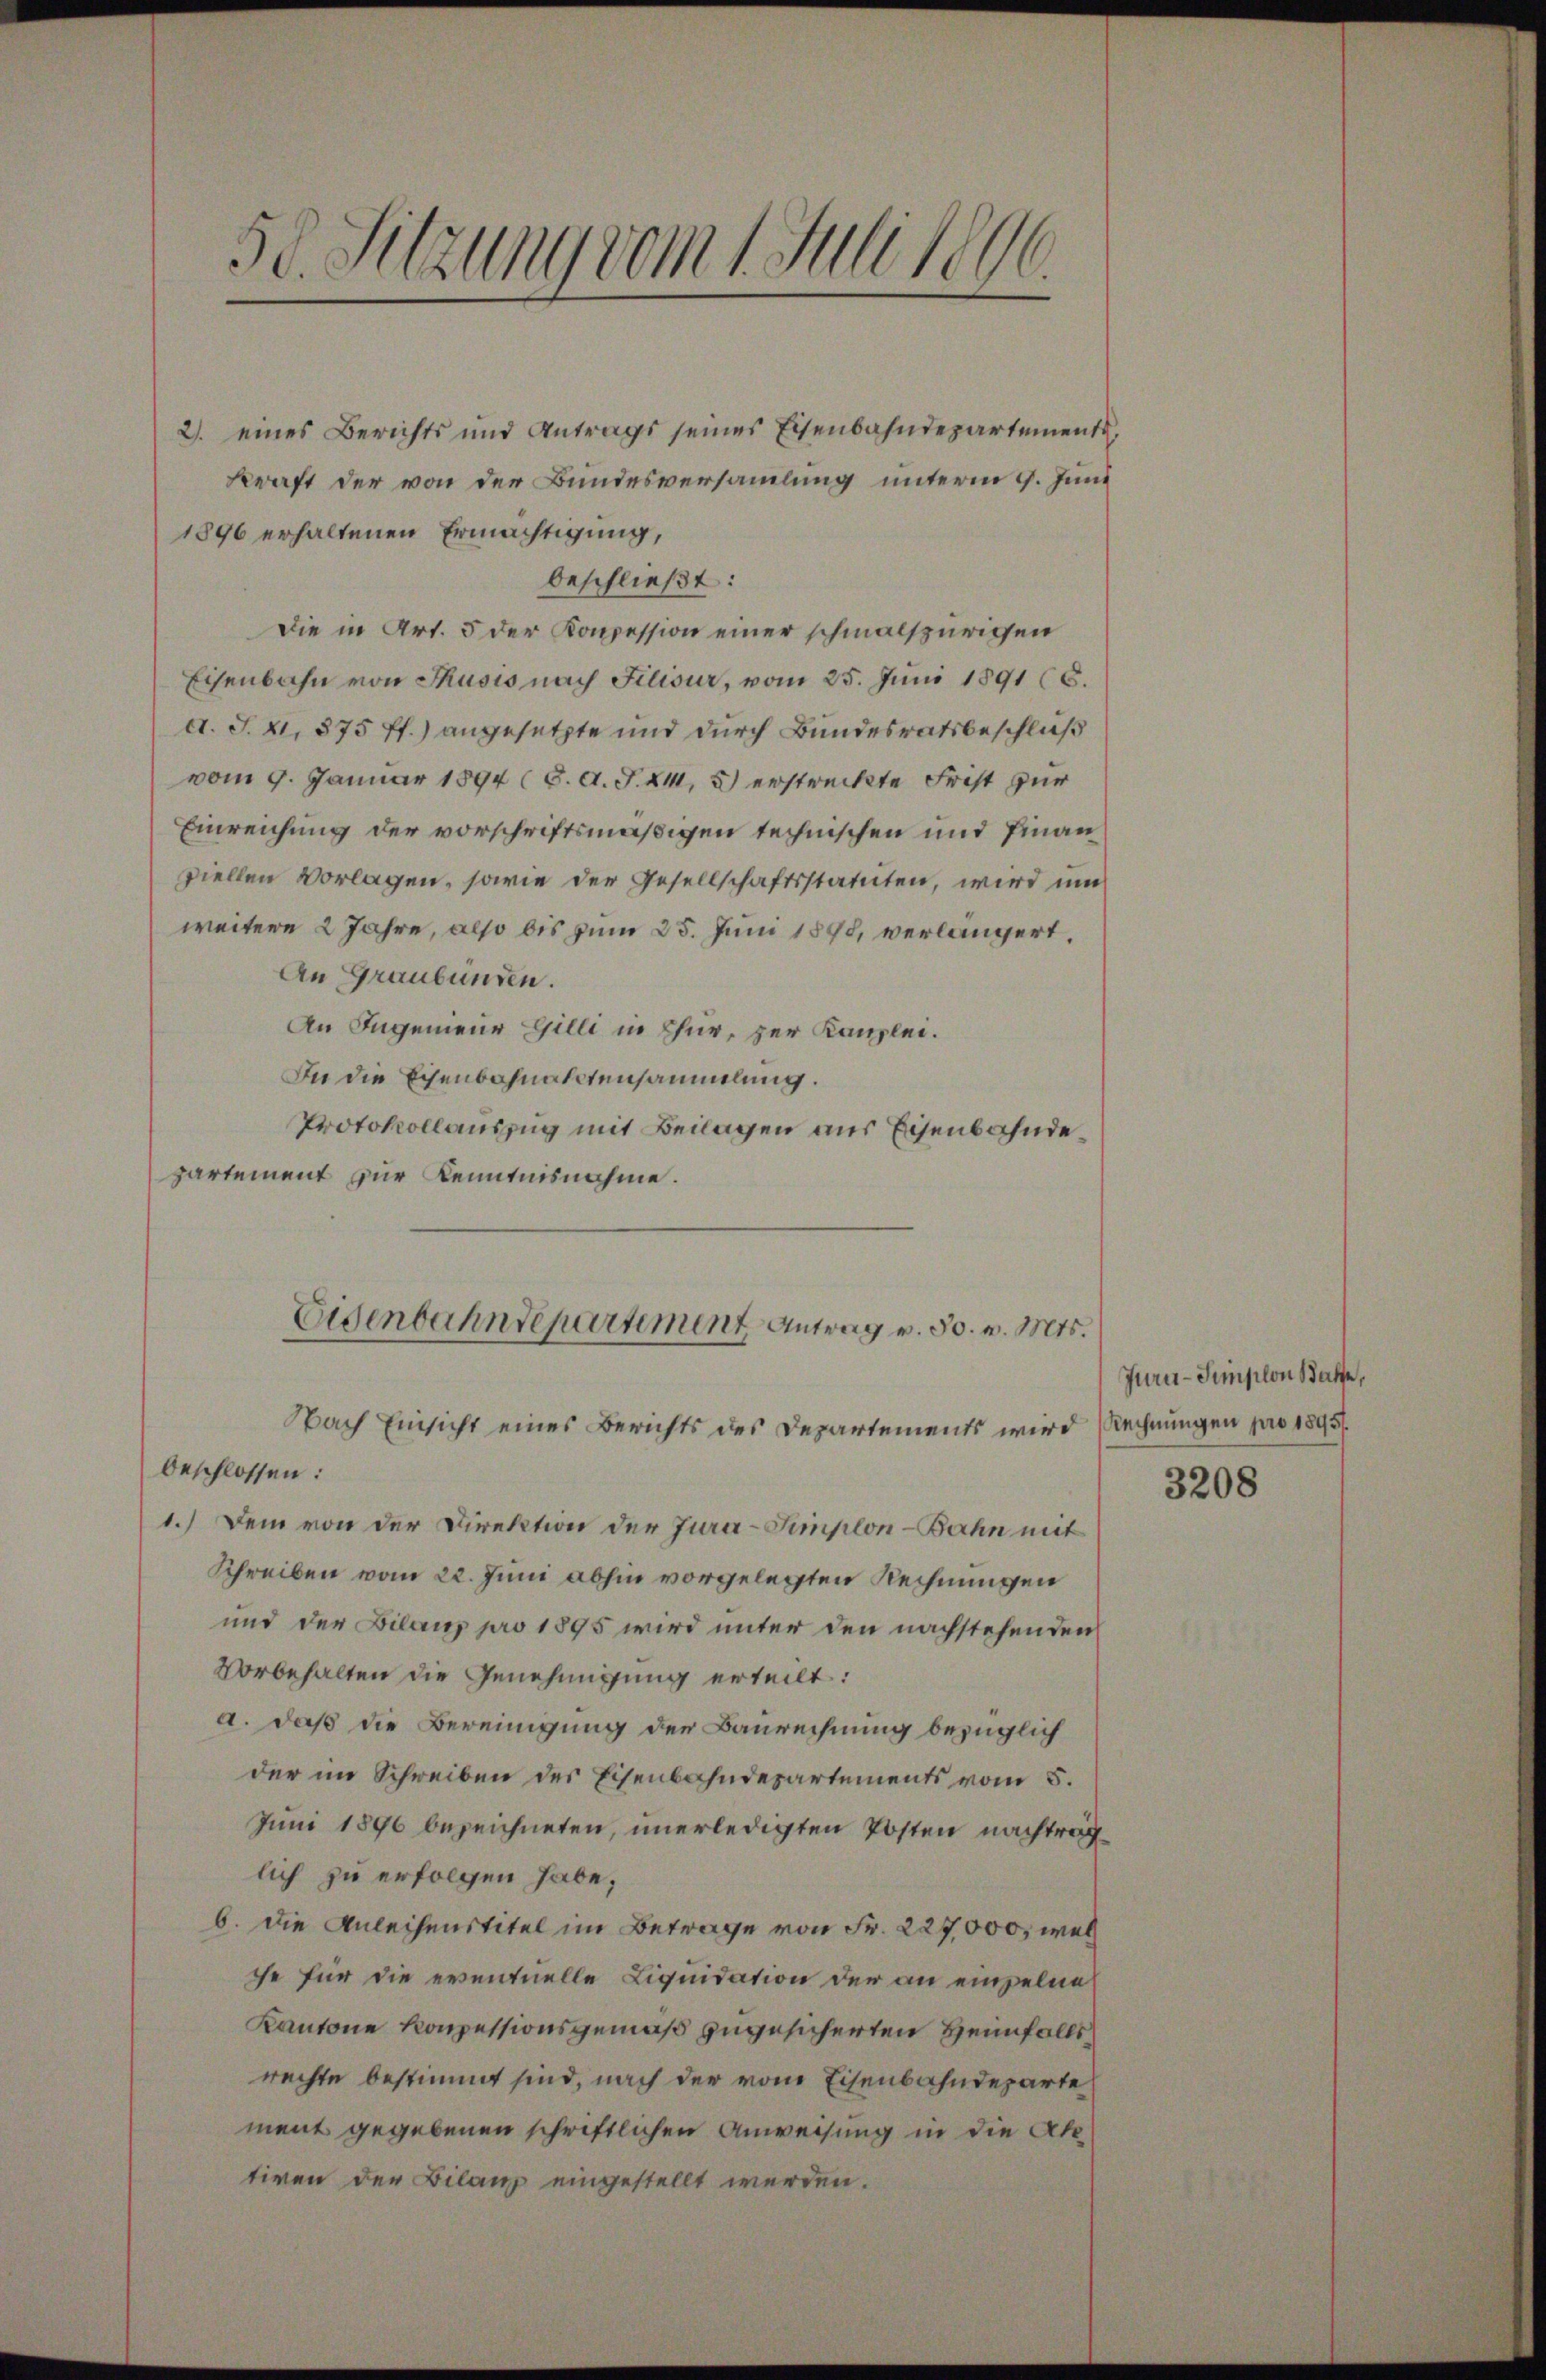
50. Sitzung vom 1. Juli 1890.

2. eines Berichts und Antrags seines Eisenbahndepartement
kraft der von der Bundesversammlung unterm 9. Juni
1896 erhaltenen Ermächtigung,
beschließt:
Die in Art. 5 der Konzession einer schmalspurigen
Eisenbahn von Thusis nach Filisur, vom 25. Juni 1891 (6.
d. J. XI. 875 ff.) angesetzte und durch Bundesratsbeschluß
vom 9. Januar 1894 (8. d. J. XI, 5) erstreckte Frist zur
Einreichung der vorschriftsmäßigen technischen und Finanziellen Vorlagen, sowie der Gesellschaftsstatuten, wird um
weitere 2 Jahre, also bis zum 25. Juni 1898, verlängert.
An Graubünden.
An Ingenieur Gilli in Chur, zur Kanzlei.
In die Eisenbahnaktensammlung.
Protokollauszug mit Beilagen aus Eisenbahndepartement zur Kenntnisnahme.
Eisenbahndepartiment Antrag v. 30. v. Mts.
Nach Einsicht eines Berichts des Departements wird (Rechnungen pro 1895.
beschlossen:
1.) Dem von der Direktion der Jura-Simplon-Bahn mit
Schreiben vom 22. Juni abhin vorgelegten Rechnungen
und der Bilanz pro 1895 wird unter den nachstehenden
Vorbehalten die Genehmigung erteilt:
a. daß die Bereinigung der Baurechnung bezüglich
der im Schreiben des Eisenbahndepartements vom 5.
Juni 1890 bezeichneten, unerledigten Posten nachträglich zu erfolgen habe;
b. Die Anleihenstitel im Betrage von Fr. 227,000, wel
che für die eventuelle Liquidation der an einzelne
Kantone konzessionsgemäß zugesicherten Heimfalls
rechte bestimmt sind, nach der vom Eisenbahndeparte
ment gegebenen schriftlichen Anweisung in die Aletiven der Bilanz eingestellt werden.

Juru-Jünsilon Balte,

3208